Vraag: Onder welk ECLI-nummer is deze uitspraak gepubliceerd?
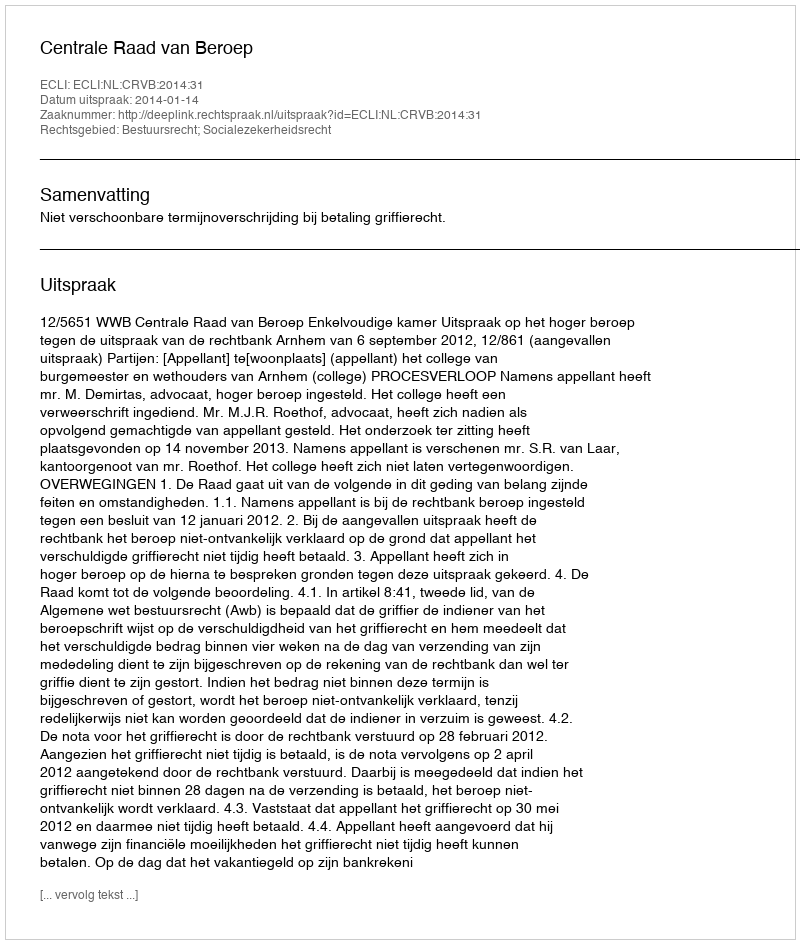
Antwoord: ECLI:NL:CRVB:2014:31